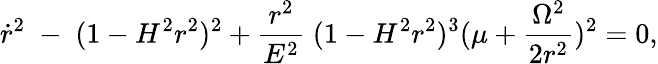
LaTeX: \dot{r}^{2}\; -\; (1-H^{2}r^{2})^{2}+\frac{r^{2}}{E^{2}}\; (1-H^{2}r^{2})^{3}(\mu+\frac{\Omega^{2}}{2r^{2}})^{2}=0,